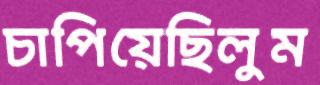
চাপিয়েছিলুম